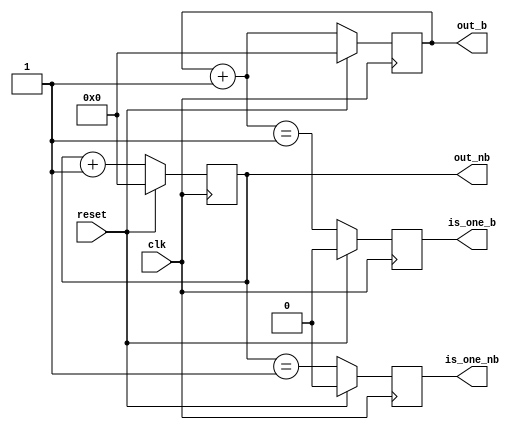
/* verilator lint_off BLKSEQ */
module counter (
    input        clk,
    input        reset,
    output [7:0] out_nb,
    output [7:0] out_b,
    output       is_one_nb,
    output       is_one_b
);
    
    reg [7:0] buff_out_nb;
    reg [7:0] buff_out_b;
    reg       buff_is_one_nb;
    reg       buff_is_one_b;

    always @(posedge clk) begin
        if (reset) begin
            buff_out_nb    <= 0;
            buff_out_b     = 0;
            buff_is_one_nb <= 0;
            buff_is_one_b  <= 0;
        end else begin
            buff_out_nb <= buff_out_nb + 8'd1;
            buff_out_b = buff_out_b + 8'd1;

            buff_is_one_nb <= (buff_out_nb == 8'd1);
            buff_is_one_b  <=  (buff_out_b == 8'd1);
        end
        $display("Active:   NB-OUT: %d, B-OUT: %d %t", out_nb, out_b, $time);
        $strobe("Postpone: NB-OUT: %d, B-OUT: %d %t", out_nb, out_b, $time);
        $strobe("------------------------------------------------------");
    end

    assign out_nb    = buff_out_nb;
    assign out_b     = buff_out_b;
    assign is_one_nb = buff_is_one_nb;
    assign is_one_b  = buff_is_one_b;

endmodule